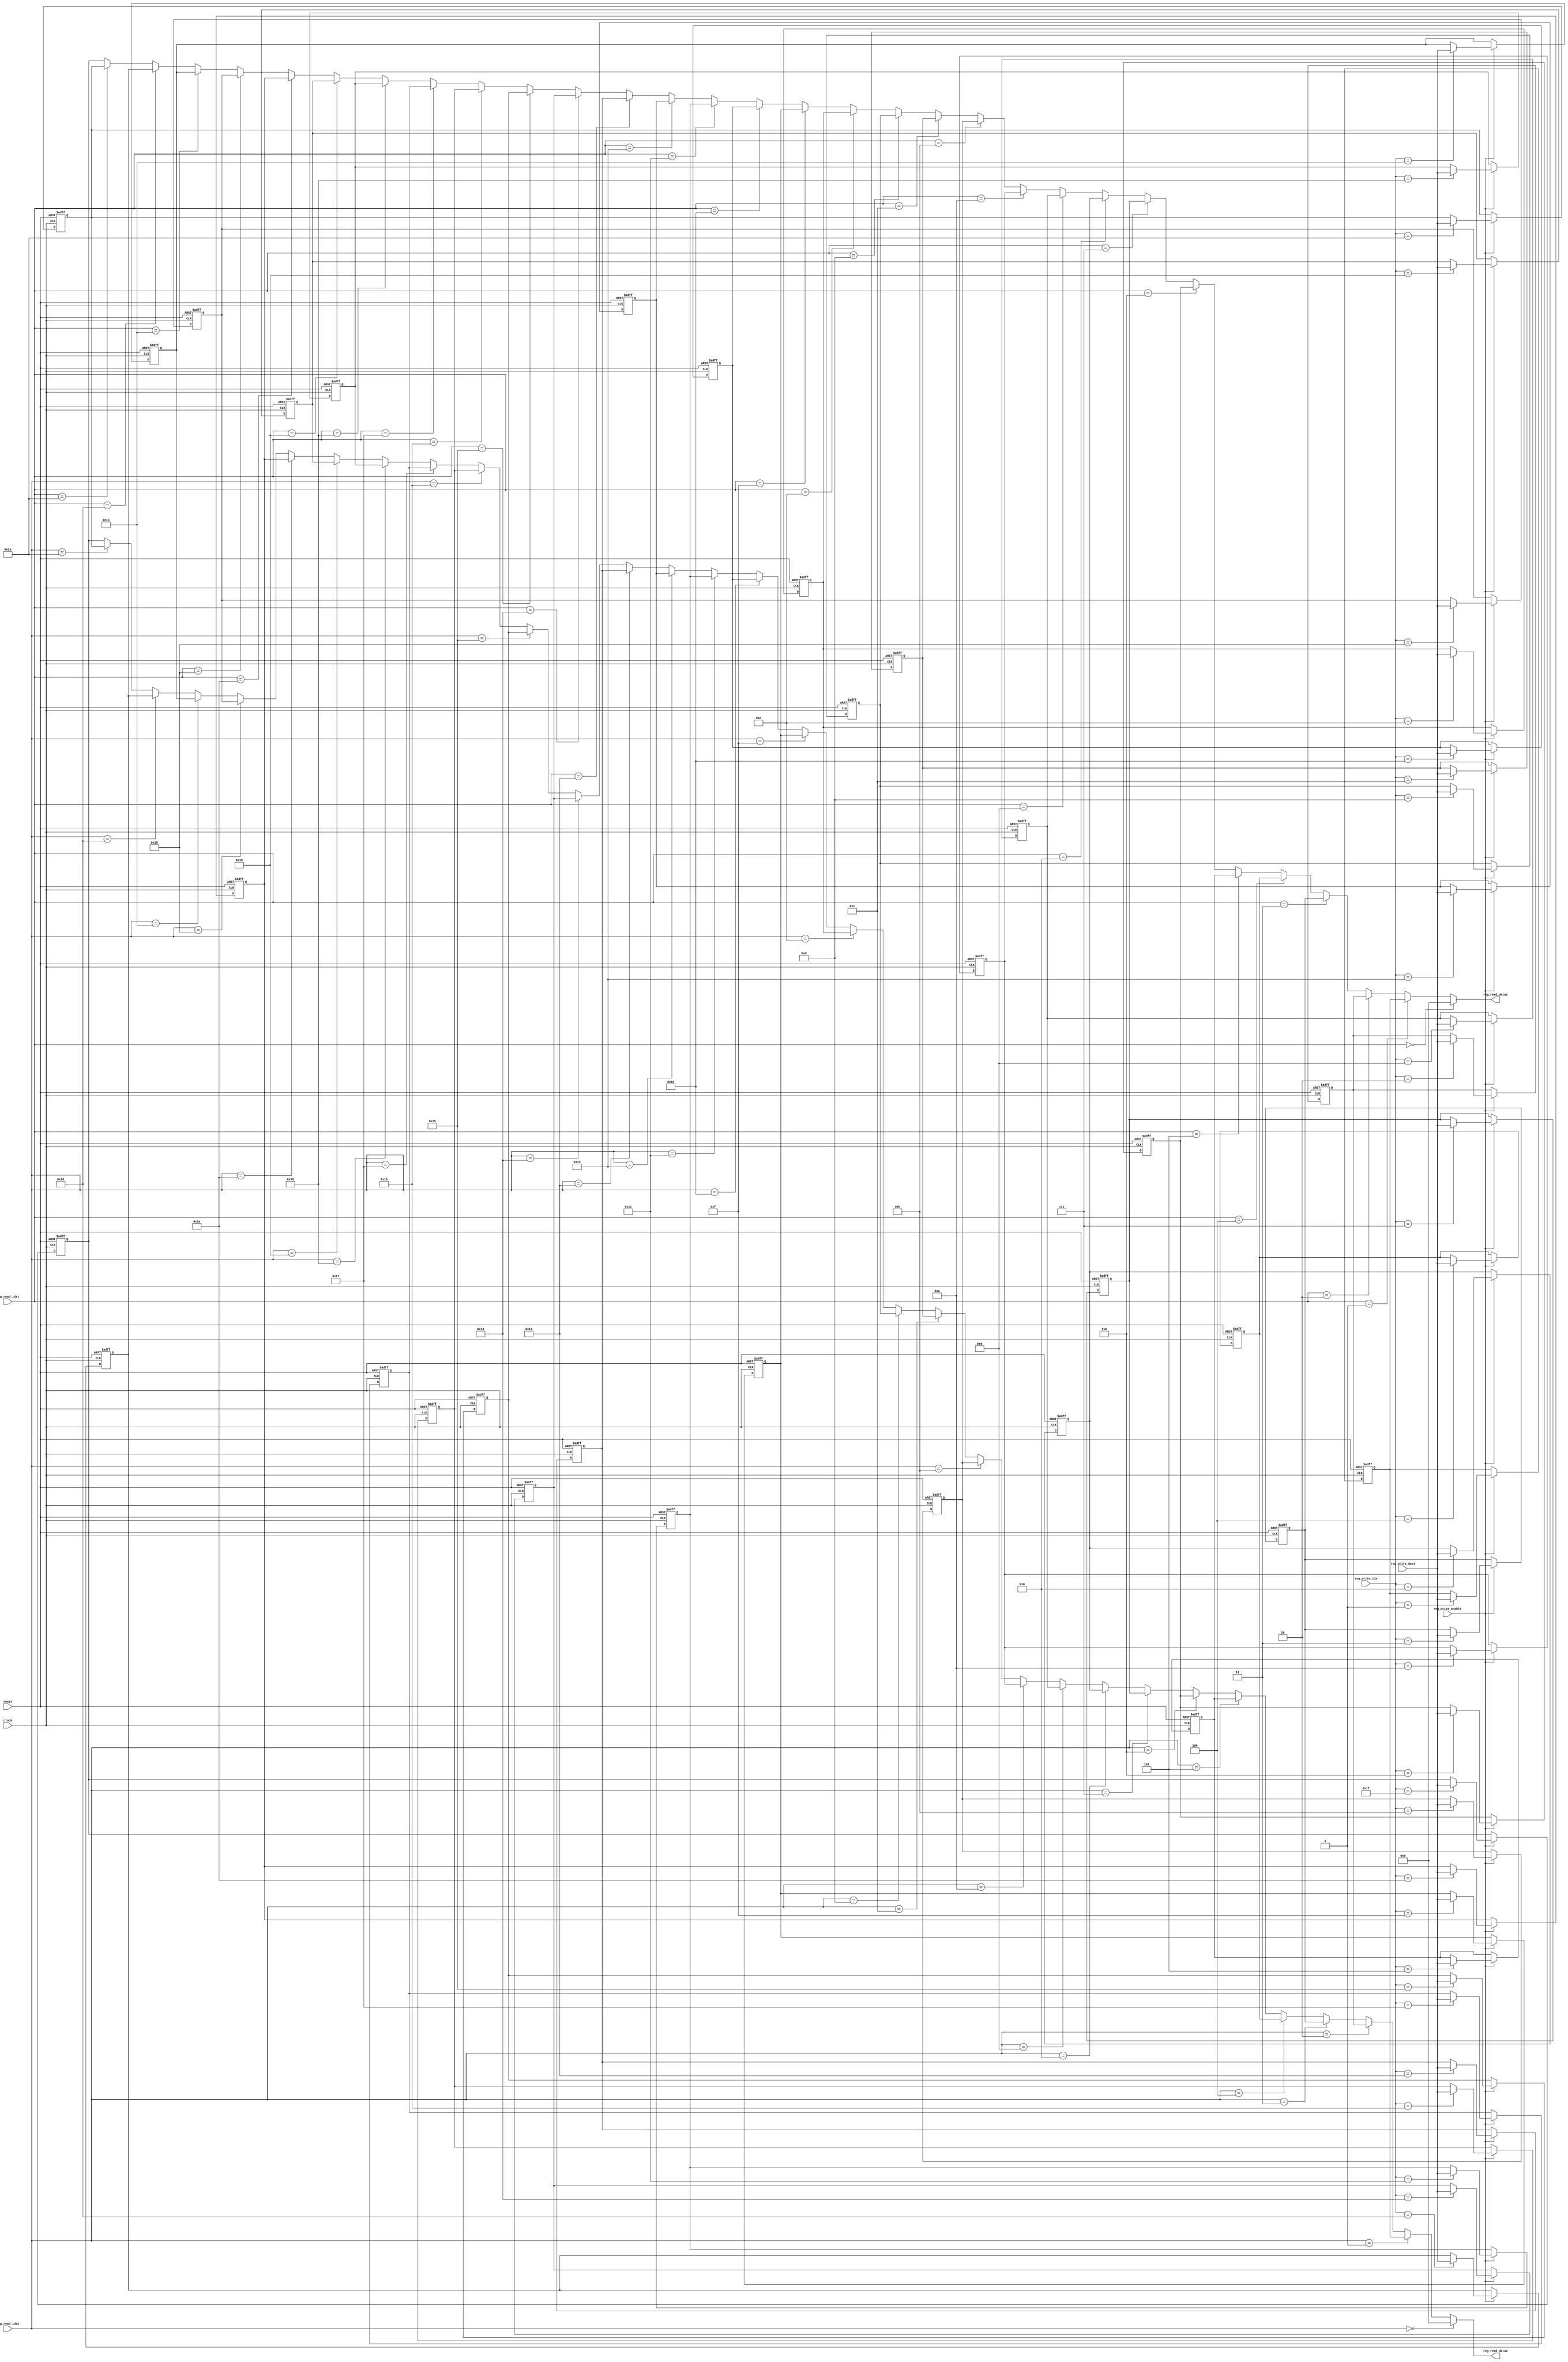
/***************/
/* registers.v */
/***************/

//                       +----+
//                clock->|    |
//                reset->|    |
//   reg_read_idx1[4:0]->|    |
//   reg_read_idx2[4:0]->|    |->reg_read_data1[31:0]
//   reg_write_idx[4:0]->|    |->reg_read_data2[31:0]
//     reg_write_enable->|    |
// reg_write_data[31:0]->|    |
//                       +----+

module registers (clock, reset,
		  reg_read_idx1, reg_read_idx2,
		  reg_write_idx, reg_write_enable, reg_write_data,
		  reg_read_data1, reg_read_data2);

  input               clock, reset;       //  , 
  input   [4:0]       reg_read_idx1;      // 1
  input   [4:0]       reg_read_idx2;      // 2
  input   [4:0]       reg_write_idx;      // 
  input               reg_write_enable;   // (1)/(0)
  input  [31:0]       reg_write_data;     // 
  output [31:0]       reg_read_data1;     // 1
  output [31:0]       reg_read_data2;     // 2

  // Registers (regs_0 = 0)
  //                 // 0
  reg [31:0] regs_1;
  reg [31:0] regs_2;
  reg [31:0] regs_3;
  reg [31:0] regs_4;
  reg [31:0] regs_5;
  reg [31:0] regs_6;
  reg [31:0] regs_7;
  reg [31:0] regs_8;
  reg [31:0] regs_9;
  reg [31:0] regs_10;
  reg [31:0] regs_11;
  reg [31:0] regs_12;
  reg [31:0] regs_13;
  reg [31:0] regs_14;
  reg [31:0] regs_15;
  reg [31:0] regs_16;
  reg [31:0] regs_17;
  reg [31:0] regs_18;
  reg [31:0] regs_19;
  reg [31:0] regs_20;
  reg [31:0] regs_21;
  reg [31:0] regs_22;
  reg [31:0] regs_23;
  reg [31:0] regs_24;
  reg [31:0] regs_25;
  reg [31:0] regs_26;
  reg [31:0] regs_27;
  reg [31:0] regs_28; //gp (global pointer)
  reg [31:0] regs_29; //sp (stack pointer)
  reg [31:0] regs_30; //fp (frame pointer)
  reg [31:0] regs_31; //ra (return address, for ...*AL)

  //
  // 1regs[0]0
  // assign reg_read_data1 = regs[115];
  //
  assign reg_read_data1 = (reg_read_idx1 == 5'b00000) ? 0 : (
    (reg_read_idx1 == 5'b00001) ? regs_1 : (
    (reg_read_idx1 == 5'b00010) ? regs_2 : (
    (reg_read_idx1 == 5'b00011) ? regs_3 : (
    (reg_read_idx1 == 5'b00100) ? regs_4 : (
    (reg_read_idx1 == 5'b00101) ? regs_5 : (
    (reg_read_idx1 == 5'b00110) ? regs_6 : (
    (reg_read_idx1 == 5'b00111) ? regs_7 : (
    (reg_read_idx1 == 5'b01000) ? regs_8 : (
    (reg_read_idx1 == 5'b01001) ? regs_9 : (
    (reg_read_idx1 == 5'b01010) ? regs_10 : (
    (reg_read_idx1 == 5'b01011) ? regs_11 : (
    (reg_read_idx1 == 5'b01100) ? regs_12 : (
    (reg_read_idx1 == 5'b01101) ? regs_13 : (
    (reg_read_idx1 == 5'b01110) ? regs_14 : (
    (reg_read_idx1 == 5'b01111) ? regs_15 : (
    (reg_read_idx1 == 5'b10000) ? regs_16 : (
    (reg_read_idx1 == 5'b10001) ? regs_17 : (
    (reg_read_idx1 == 5'b10010) ? regs_18 : (
    (reg_read_idx1 == 5'b10011) ? regs_19 : (
    (reg_read_idx1 == 5'b10100) ? regs_20 : (
    (reg_read_idx1 == 5'b10101) ? regs_21 : (
    (reg_read_idx1 == 5'b10110) ? regs_22 : (
    (reg_read_idx1 == 5'b10111) ? regs_23 : (
    (reg_read_idx1 == 5'b11000) ? regs_24 : (
    (reg_read_idx1 == 5'b11001) ? regs_25 : (
    (reg_read_idx1 == 5'b11010) ? regs_26 : (
    (reg_read_idx1 == 5'b11011) ? regs_27 : (
    (reg_read_idx1 == 5'b11100) ? regs_28 : (
    (reg_read_idx1 == 5'b11101) ? regs_29 : (
    (reg_read_idx1 == 5'b11110) ? regs_30 : (regs_31)))))))))))))))
))))))))))))))));

  //
  // 2regs[0]0
  // assign reg_read_data2 = regs[115];
  //
  assign reg_read_data2 = (reg_read_idx2 == 5'b00000) ? 0 : (
    (reg_read_idx2 == 5'b00001) ? regs_1 : (
    (reg_read_idx2 == 5'b00010) ? regs_2 : (
    (reg_read_idx2 == 5'b00011) ? regs_3 : (
    (reg_read_idx2 == 5'b00100) ? regs_4 : (
    (reg_read_idx2 == 5'b00101) ? regs_5 : (
    (reg_read_idx2 == 5'b00110) ? regs_6 : (
    (reg_read_idx2 == 5'b00111) ? regs_7 : (
    (reg_read_idx2 == 5'b01000) ? regs_8 : (
    (reg_read_idx2 == 5'b01001) ? regs_9 : (
    (reg_read_idx2 == 5'b01010) ? regs_10 : (
    (reg_read_idx2 == 5'b01011) ? regs_11 : (
    (reg_read_idx2 == 5'b01100) ? regs_12 : (
    (reg_read_idx2 == 5'b01101) ? regs_13 : (
    (reg_read_idx2 == 5'b01110) ? regs_14 : (
    (reg_read_idx2 == 5'b01111) ? regs_15 : (
    (reg_read_idx2 == 5'b10000) ? regs_16 : (
    (reg_read_idx2 == 5'b10001) ? regs_17 : (
    (reg_read_idx2 == 5'b10010) ? regs_18 : (
    (reg_read_idx2 == 5'b10011) ? regs_19 : (
    (reg_read_idx2 == 5'b10100) ? regs_20 : (
    (reg_read_idx2 == 5'b10101) ? regs_21 : (
    (reg_read_idx2 == 5'b10110) ? regs_22 : (
    (reg_read_idx2 == 5'b10111) ? regs_23 : (
    (reg_read_idx2 == 5'b11000) ? regs_24 : (
    (reg_read_idx2 == 5'b11001) ? regs_25 : (
    (reg_read_idx2 == 5'b11010) ? regs_26 : (
    (reg_read_idx2 == 5'b11011) ? regs_27 : (
    (reg_read_idx2 == 5'b11100) ? regs_28 : (
    (reg_read_idx2 == 5'b11101) ? regs_29 : (
    (reg_read_idx2 == 5'b11110) ? regs_30 : (regs_31)))))))))))))))
))))))))))))))));

  // Always : 
  // : clock, reset, reg_write_idx, reg_write_enable, reg_write_data
  // : regs_1regs_15
  // : regs_1regs_15
  always @(posedge clock or negedge reset) begin
    if (reset == 1'b0) begin
       regs_1 <= 0;
       regs_2 <= 0;
       regs_3 <= 0;
       regs_4 <= 0;
       regs_5 <= 0;
       regs_6 <= 0;
       regs_7 <= 0;
       regs_8 <= 0;
       regs_9 <= 0;
      regs_10 <= 0;
      regs_11 <= 0;
      regs_12 <= 0;
      regs_13 <= 0;
      regs_14 <= 0;
      regs_15 <= 0;
      regs_16 <= 0;
      regs_17 <= 0;
      regs_18 <= 0;
      regs_19 <= 0;
      regs_20 <= 0;
      regs_21 <= 0;
      regs_22 <= 0;
      regs_23 <= 0;
      regs_24 <= 0;
      regs_25 <= 0;
      regs_26 <= 0;
      regs_27 <= 0;
      regs_28 <= 0;
      regs_29 <= 0;
      regs_30 <= 0;
      regs_31 <= 0;
    end else begin
    if (reg_write_enable == 1'b1) begin
      // 
      // regs[0]0
      // regs[115] = reg_write_data;
      // 
      if (reg_write_idx == 5'b00001) begin
        regs_1 <= reg_write_data;
      end    
      if (reg_write_idx == 5'b00010) begin
        regs_2 <= reg_write_data;
      end    
      if (reg_write_idx == 5'b00011) begin
        regs_3 <= reg_write_data;
      end    
      if (reg_write_idx == 5'b00100) begin
        regs_4 <= reg_write_data;
      end    
      if (reg_write_idx == 5'b00101) begin
        regs_5 <= reg_write_data;
      end    
      if (reg_write_idx == 5'b00110) begin
        regs_6 <= reg_write_data;
      end    
      if (reg_write_idx == 5'b00111) begin
        regs_7 <= reg_write_data;
      end    
      if (reg_write_idx == 5'b01000) begin
        regs_8 <= reg_write_data;
      end    
      if (reg_write_idx == 5'b01001) begin
        regs_9 <= reg_write_data;
      end    
      if (reg_write_idx == 5'b01010) begin
        regs_10 <= reg_write_data;
      end    
      if (reg_write_idx == 5'b01011) begin
        regs_11 <= reg_write_data;
      end    
      if (reg_write_idx == 5'b01100) begin
        regs_12 <= reg_write_data;
      end    
      if (reg_write_idx == 5'b01101) begin
        regs_13 <= reg_write_data;
      end    
      if (reg_write_idx == 5'b01110) begin
        regs_14 <= reg_write_data;
      end    
      if (reg_write_idx == 5'b01111) begin
        regs_15 <= reg_write_data;
      end    
      if (reg_write_idx == 5'b10000) begin
        regs_16 <= reg_write_data;
      end    
      if (reg_write_idx == 5'b10001) begin
        regs_17 <= reg_write_data;
      end    
      if (reg_write_idx == 5'b10010) begin
        regs_18 <= reg_write_data;
      end    
      if (reg_write_idx == 5'b10011) begin
        regs_19 <= reg_write_data;
      end    
      if (reg_write_idx == 5'b10100) begin
        regs_20 <= reg_write_data;
      end    
      if (reg_write_idx == 5'b10101) begin
        regs_21 <= reg_write_data;
      end    
      if (reg_write_idx == 5'b10110) begin
        regs_22 <= reg_write_data;
      end    
      if (reg_write_idx == 5'b10111) begin
        regs_23 <= reg_write_data;
      end    
      if (reg_write_idx == 5'b11000) begin
        regs_24 <= reg_write_data;
      end    
      if (reg_write_idx == 5'b11001) begin
        regs_25 <= reg_write_data;
      end    
      if (reg_write_idx == 5'b11010) begin
        regs_26 <= reg_write_data;
      end    
      if (reg_write_idx == 5'b11011) begin
        regs_27 <= reg_write_data;
      end    
      if (reg_write_idx == 5'b11100) begin
        regs_28 <= reg_write_data;
      end    
      if (reg_write_idx == 5'b11101) begin
        regs_29 <= reg_write_data;
      end    
      if (reg_write_idx == 5'b11110) begin
        regs_30 <= reg_write_data;
      end    
      if (reg_write_idx == 5'b11111) begin
        regs_31 <= reg_write_data;
      end    
      end    
    end  // End: if (reg_write_enable == 1'b1) begin
  end  // End: always @(posedge clock or negedge reset) begin

endmodule